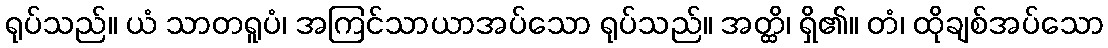
ရုပ်သည်။ ယံ သာတရူပံ၊ အကြင်သာယာအပ်သော ရုပ်သည်။ အတ္ထိ၊ ရှိ၏။ တံ၊ ထိုချစ်အပ်သော